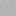
يا